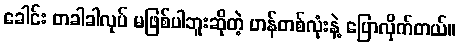
ခေါင်း တခါခါလုပ် မဖြစ်ပါဘူးဆိုတဲ့ ဟန်တစ်လုံးနဲ့ ပြောလိုက်တယ်။